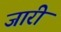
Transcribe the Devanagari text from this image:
जारीं